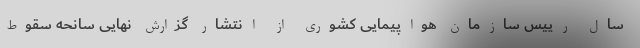
سال رییس سازمان هواپیمایی کشوری از انتشار گزارش نهایی سانحه سقوط